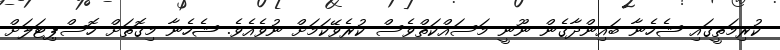
ކުރިމަތީގައި ޝެހެނާ ބައިންދާގެން ނޫނީ މަސައްކަތްވެސް ކުރެވޭކަމަށް ނުވެއެވެ. ޝެހެނާ މިގޮތަށް ހޮސްޕިޓަލަށް